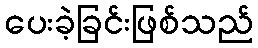
ပေးခဲ့ခြင်းဖြစ်သည်